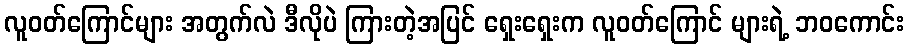
လူဝတ်ကြောင်များ အတွက်လဲ ဒီလိုပဲ ကြားတဲ့အပြင် ရှေးရှေးက လူဝတ်ကြောင် များရဲ့ ဘဝကောင်း